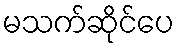
မသက်ဆိုင်ပေ